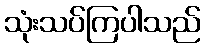
သုံးသပ်ကြပါသည်